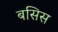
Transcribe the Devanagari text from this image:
बसिस